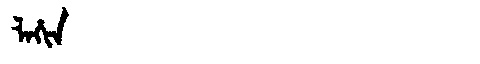
Manchu: ᠯᠠᡥᡳᠨ
Romanization: LAHIN